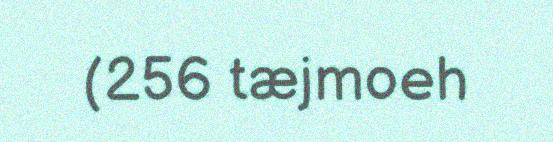
(256 tæjmoeh